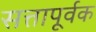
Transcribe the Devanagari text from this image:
सत्तापूर्वक